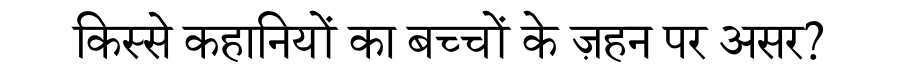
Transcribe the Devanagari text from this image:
किस्से कहानियों का बच्चों के ज़हन पर असर?